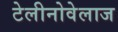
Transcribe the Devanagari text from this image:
टेलीनोवेलाज